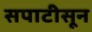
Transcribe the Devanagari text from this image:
सपाटीसून